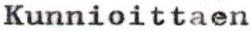
Kunnioittaen